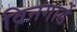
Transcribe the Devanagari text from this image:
विनगार्डे